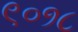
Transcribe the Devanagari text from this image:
९०१८